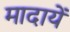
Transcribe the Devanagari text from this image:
मादायें